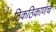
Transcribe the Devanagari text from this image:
ठिकठिकाणचे